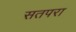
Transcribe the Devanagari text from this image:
सतपरा